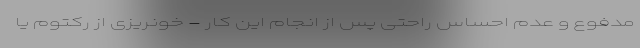
مدفوع و عدم احساس راحتی پس از انجام این کار - خونریزی از رکتوم یا